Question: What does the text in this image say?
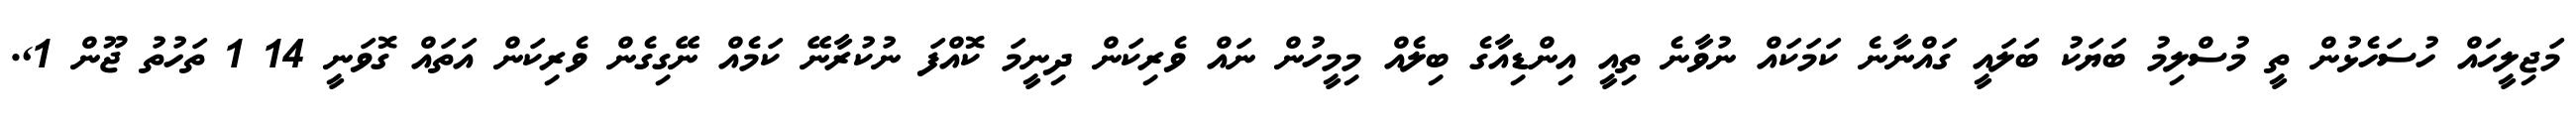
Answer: މަޖިލީހައް ހުސަހެޅުން ތީ މުސްލިމު ބަޔަކު ބަލައީ ގައްނާނެ ކަމަކައް ނުވާނެ ތިއީ އިންޑިއާގެ ބިލެއް މިމީހުން ނައް ވެރިކަން ދިނީމަ ކޮއްފަ ނުކުރާނޭ ކަމެއް ނޭގިގެން ވެރިކަން އަތައް ގޮވަނީ 14 1 ތަހުތު ޖޫން 1,.